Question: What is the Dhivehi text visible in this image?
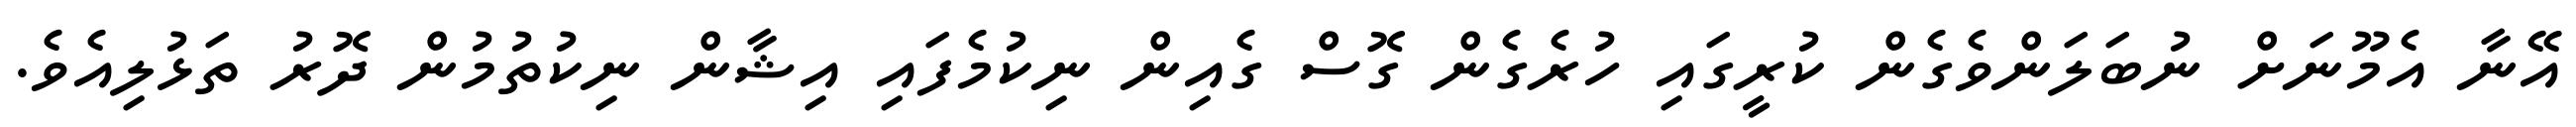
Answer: އޭނާ އެމޫނަށް ނުބަލަންވެގެން ކުރީގައި ހުރެގެން ގޮސް ގެއިން ނިކުމެފައި އިޝާން ނިކުތުމުން ދޮރު ތަޅުލިއެވެ.